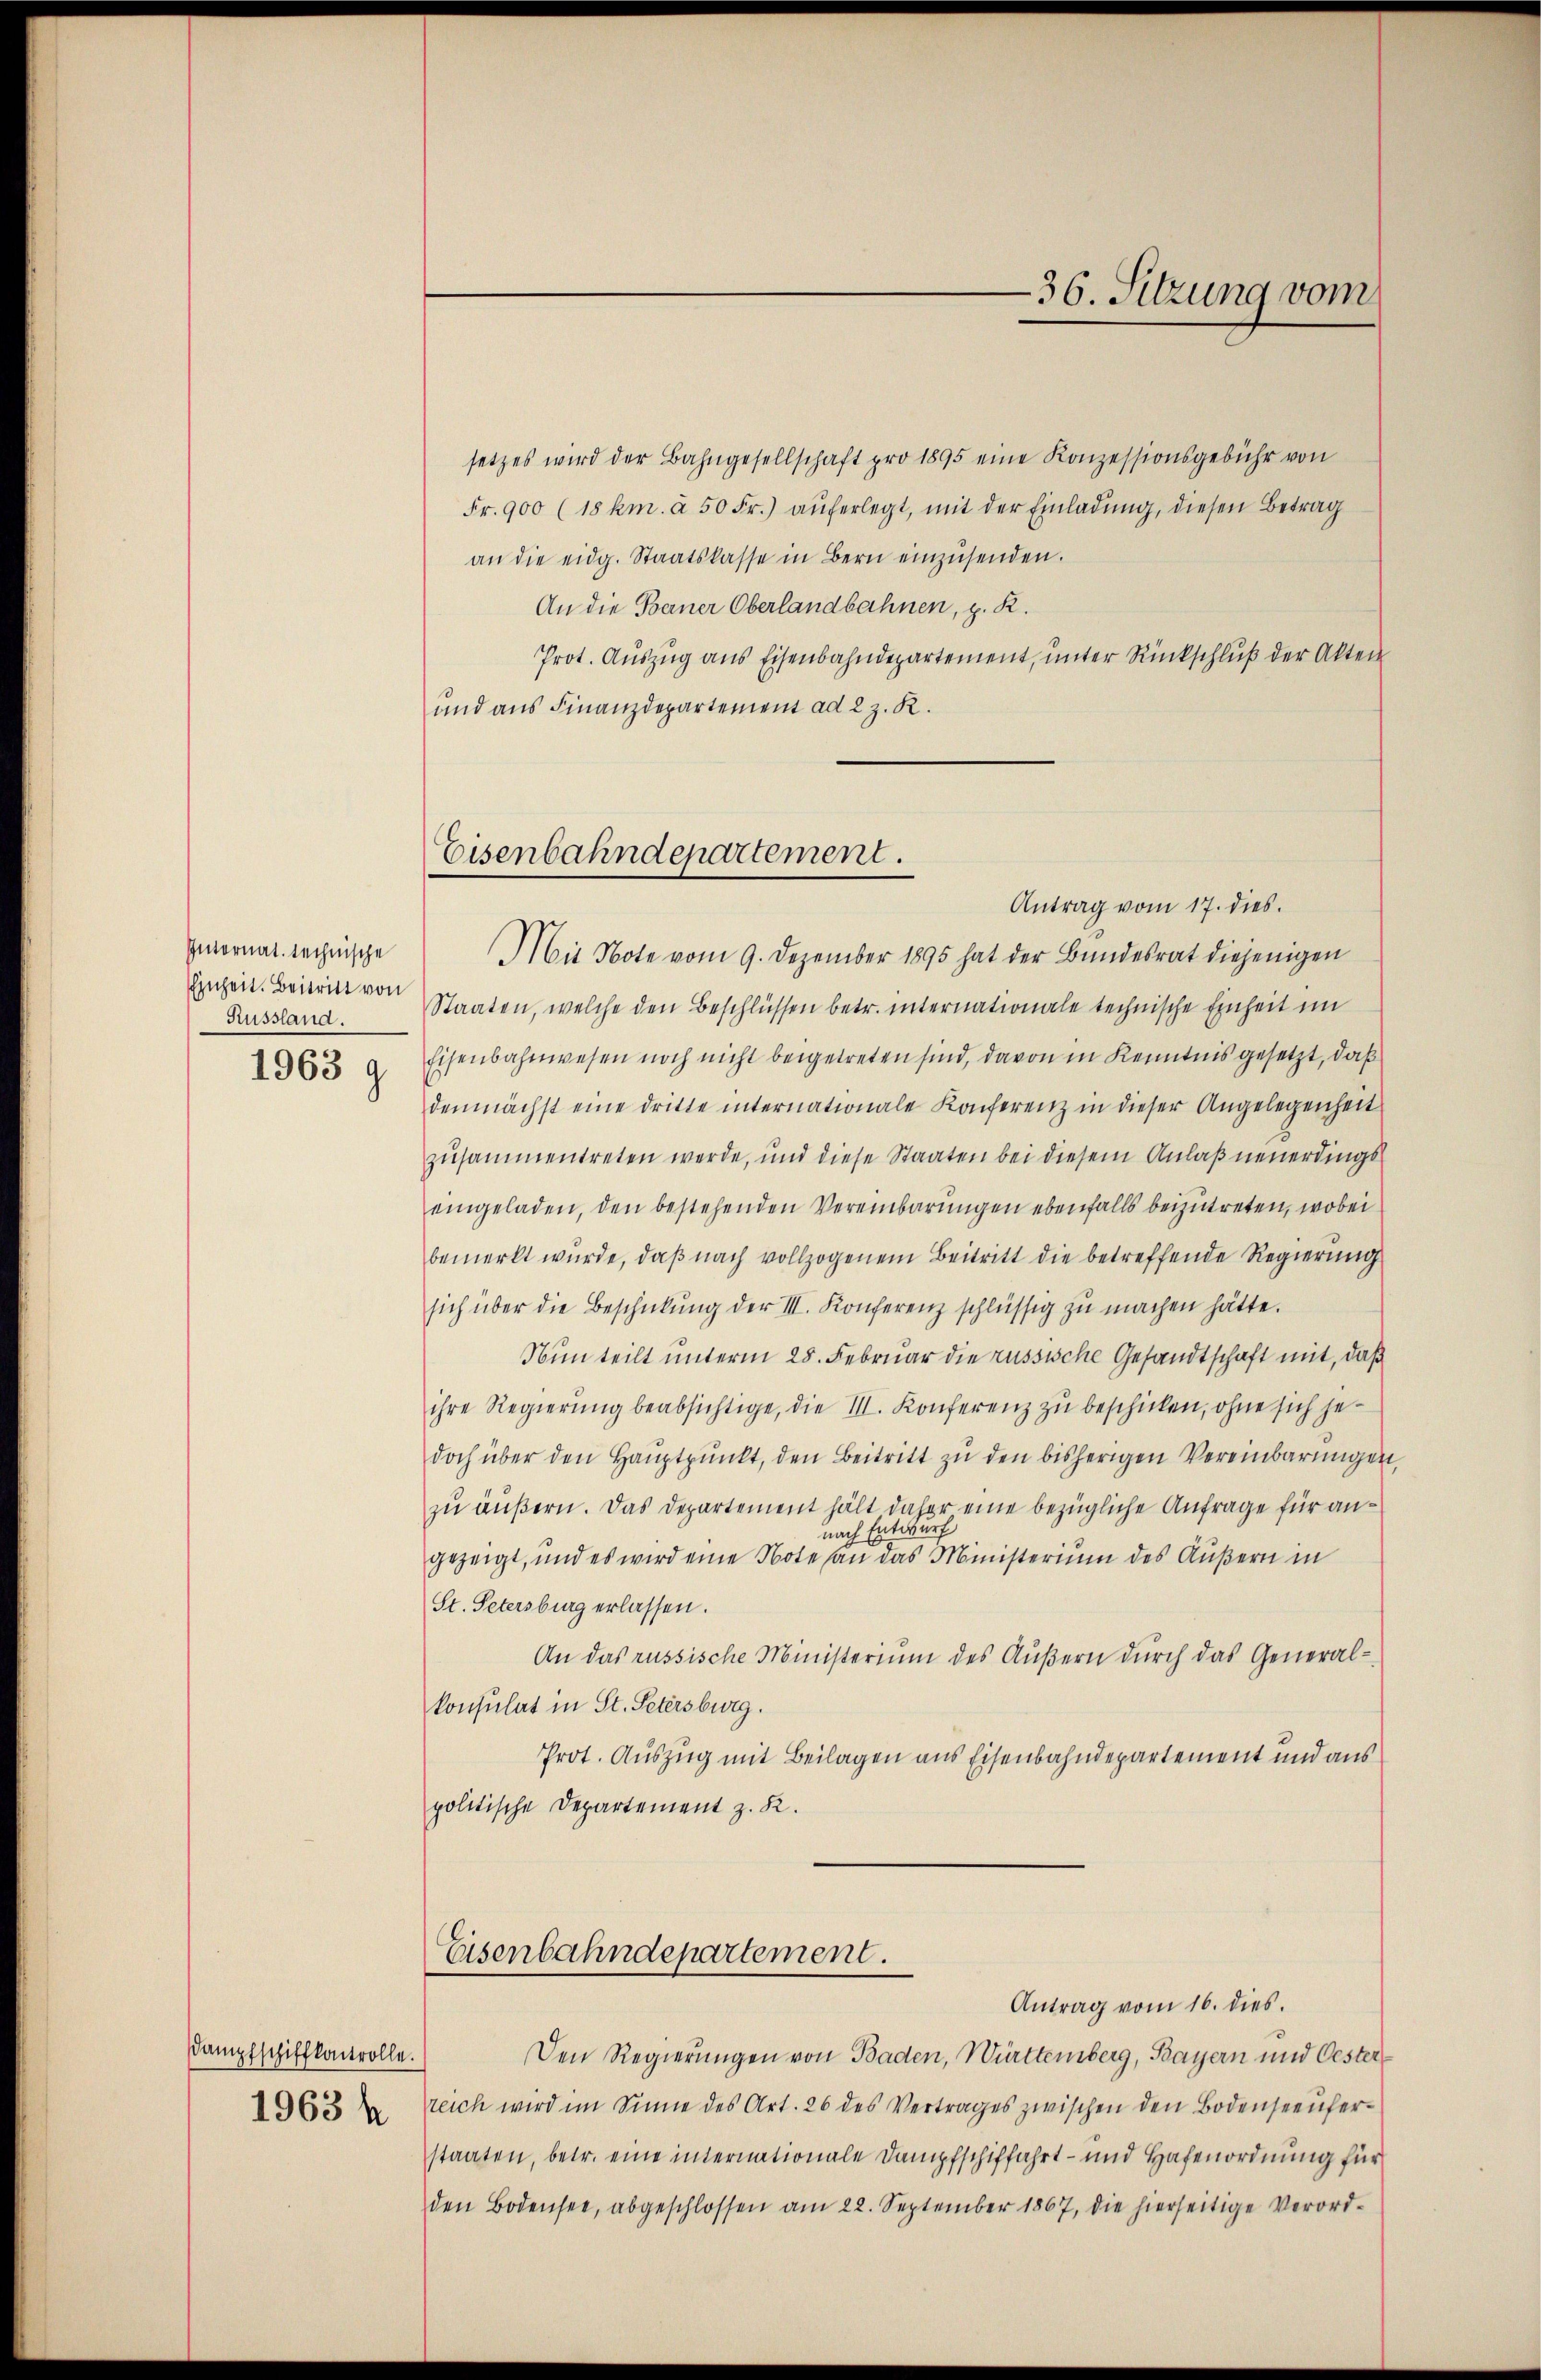
Internat. rechnische
Einheit. Beitritt von
Russland.
1963 g

setzes wird der Bahngesellschaft pro 1895 eine Konzessionsgebühr von
Fr. 900 (18 km. à 50 Fr.) auferlegt, mit der Einladŭng, diesen Betrag
an die eidg. Staatskasse in Bern einzŭsenden.
An die Berner Oberlandbahnen, z. R.
Prot. Auszug aus Eisenbahndepartement, unter Rückschluß der Akten
und aus Finanzdepartement ad 2 z. R.

Dampfschiffkontrolle.
1963 h

Eisenbahndepartement.
Mit Note vom 9. Dezember 1895 hat der Bundesrat diejenigen

Antrag vom 17. dies
Staaten, welche den Beschlüssen betr. internationale technische Einheit im
Eisenbahnwesen noch nicht beigetreten sind, davon in Kenntnis gesetzt, daß
demnächst eine dritte internationale Konferenz in dieser Angelegenheit
zusammentreten werde, und diese Staaten bei diesem Anlaß neuerdings
eingeladen, den bestehenden Vereinbarungen ebenfalls beizutreten, wobei
bemerkt wurde, daß nach vollzogenem Beitritt die betreffende Regierung
sich über die Beschickung der III. Konferenz schlüssig zu machen hätte.
Nun teilt unterm 25. Februar die russische Gesandtschaft mit, daß
ihre Regierŭng beabsichtige, die III. Konferenz zu beschicken, ohne sich jedoch über den Hauptpunkt, den Beitritt zu den bisherigen Vereinbarungen
zu äußern. Das Departement hält daher eine bezügliche Anfrage für annach Entwurf
gezeigt, und es wird eine Note an das Ministerium des Äußern in
St. Petersburg erlassen.
An das russische Ministerium des Äußern durch das Generalkonsulat in St. Petersburg.
Prot. Auszug mit Beilagen aus Eisenbahndepartement und aus
politische Departement z. R.
Eisenbahndepartement.
Antrag vom 16. dies
Den Regierungen von Baden, Württemberg, Bayern und Oestereich wird im Sinne des Art. 26 des Vertrages zwischen den Bodenseeŭfer-
staaten, betr. eine internationale Dampfschiffahrt- und Hafenordnung für
den Bodensee, abgeschlossen am 22. September 1867, die hierseitige Verord-

-36. Sitzung vom